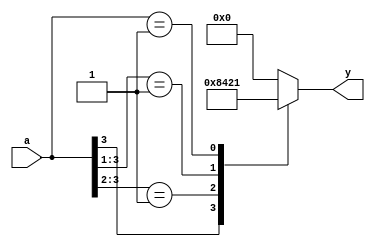
`timescale 1ns/1ps

module pri_using_casez(input [3:0] a,
		       output reg [3:0] y);

   always @(a)
     begin
	casez (a)
	  4'b1??? : y = 4'b1000;
	  4'b01?? : y = 4'b0100;
	  4'b001? : y = 4'b0010;
	  4'b0001 : y = 4'b0001;
	  default : y = 4'b0000;
	endcase // casez (a)
     end
endmodule // pri_using_casez